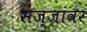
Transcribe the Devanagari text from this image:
सज्जांवर